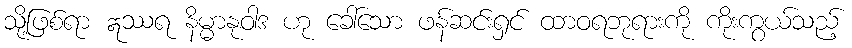
သို့ဖြစ်ရာ ဣဿရ နိမ္မာနုဝါဒ ဟု ခေါ်သော ဖန်ဆင်းရှင် ထာဝရဘုရားကို ကိုးကွယ်သည့်